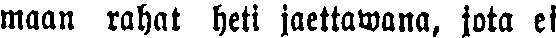
maan rahat heti jaettawana, jota ei